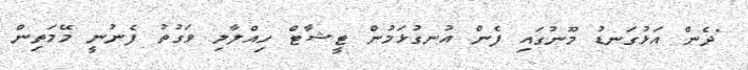
"ދެން އަޅުގަނޑު މޫނުގައި ފެން އުނގުޅަމުން ޓީޝާޓް ހިއްލާލި ވަގުތު ފެނުނީ މޭމަތިން